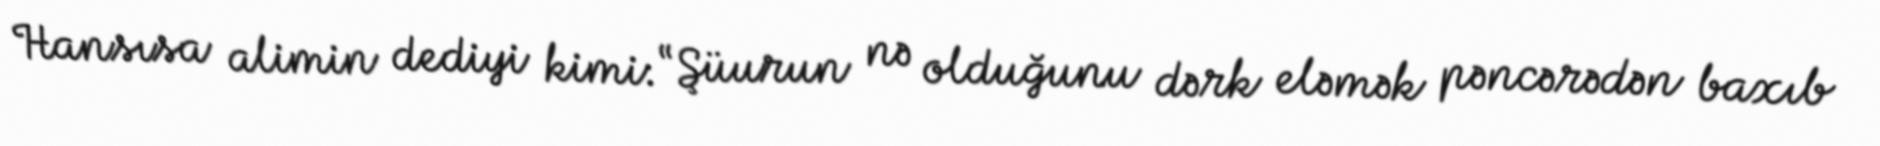
Hansısa alimin dediyi kimi: “Şüurun nə olduğunu dərk eləmək pəncərədən baxıb